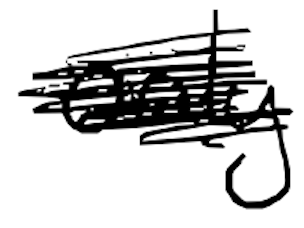
Text: only
Cross-out: scratch
Writing tool: digital_black